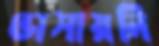
ভাসায়নি